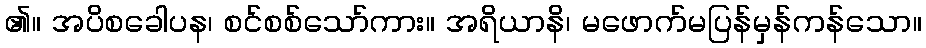
၏။ အပိစခေါပန၊ စင်စစ်သော်ကား။ အရိယာနိ၊ မဖောက်မပြန်မှန်ကန်သော။